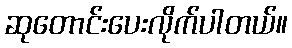
ဆုတောင်းပေးလိုက်ပါတယ်။